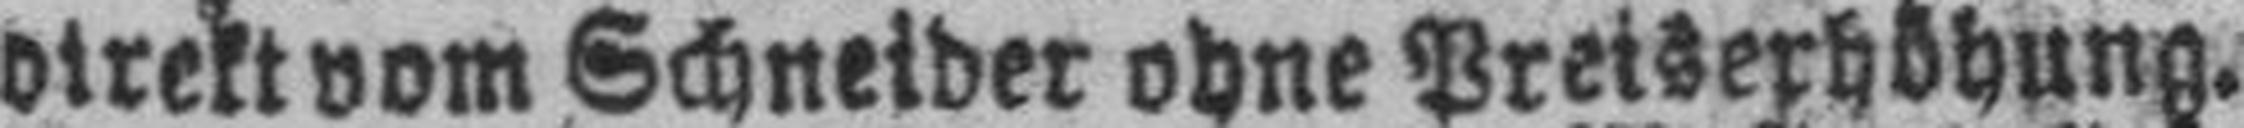
direkt vom Schneider ohne Preiserhöhung.